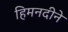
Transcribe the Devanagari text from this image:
हिमनदीने